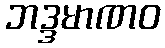
ဘဒ္ဒမာဏဝ